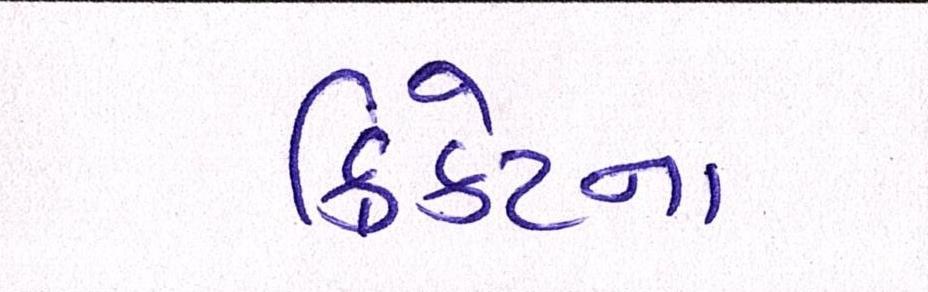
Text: ક્રિકેટના